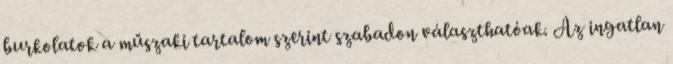
burkolatok a műszaki tartalom szerint szabadon választhatóak. Az ingatlan